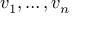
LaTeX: v _ { 1 } , \dots , v _ { n }